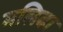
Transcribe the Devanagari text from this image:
मलिदा